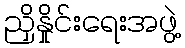
ညှိနှိုင်းရေးအဖွဲ့